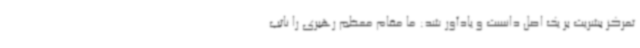
تمرکز بشریت بر یک اصل دانست و یادآور شد: ما مقام معظم رهبری را نائب